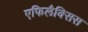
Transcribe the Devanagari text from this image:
एफिलैक्सिस